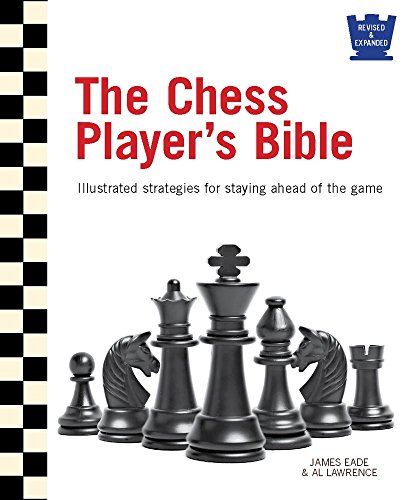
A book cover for The Chess Player's Bible: Illustrated Strategies for Staying Ahead of the Game; James Eade; Humor & Entertainment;